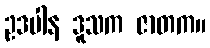
ဥဒပါန ဒူသက ဇာတက။